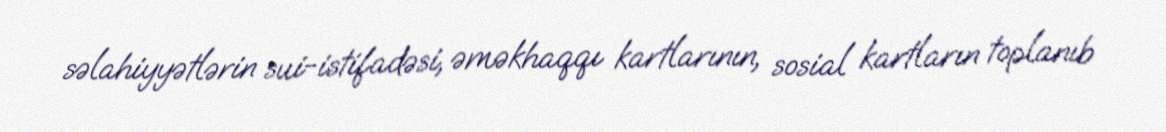
səlahiyyətlərin sui-istifadəsi, əməkhaqqı kartlarının, sosial kartların toplanıb